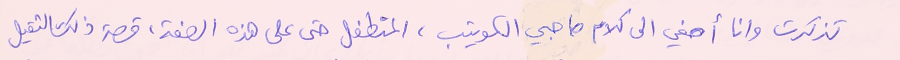
تذكرت وان أصغي الى كلام صاحبي الكويتب، المتطفل حتى على هذه الصفة، قصة ذلك الثقيل